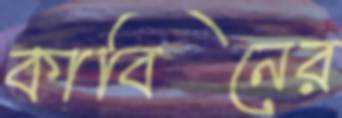
কাবিনের